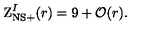
\mathrm { Z } _ { \mathrm { N S } + } ^ { I } ( r ) = 9 + { \cal O } ( r ) .